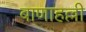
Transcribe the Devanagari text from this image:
बाणाहल्ली